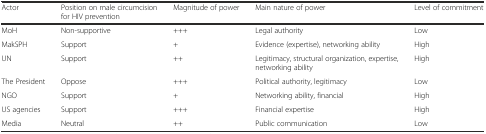
| Actor | Position on male circumcision for HIV prevention | Magnitude of power | Main nature of power | Level of commitment |
 | --- | --- | --- | --- | --- |
 | MoH | Non-supportive | +++ | Legal authority | Low |
 | MakSPH | Support | + | Evidence (expertise), networking ability | High |
 | UN | Support | ++ | Legitimacy, structural organization, expertise, networking ability | High |
 | The President | Oppose | +++ | Political authority, legitimacy | Low |
 | NGO | Support | + | Networking ability, financial | High |
 | US agencies | Support | +++ | Financial expertise | High |
 | Media | Neutral | ++ | Public communication | Low |